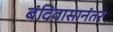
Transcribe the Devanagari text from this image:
बंदिवासानंतर